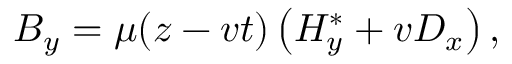
B _ { y } = \mu ( z - v t ) \left( H _ { y } ^ { * } + v D _ { x } \right) ,